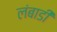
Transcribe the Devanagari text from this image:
लंबाडी